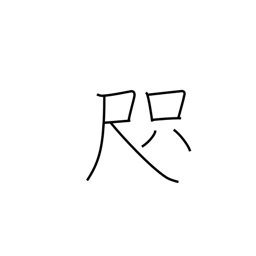
Meaning: span